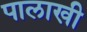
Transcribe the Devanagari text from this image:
पालाखी